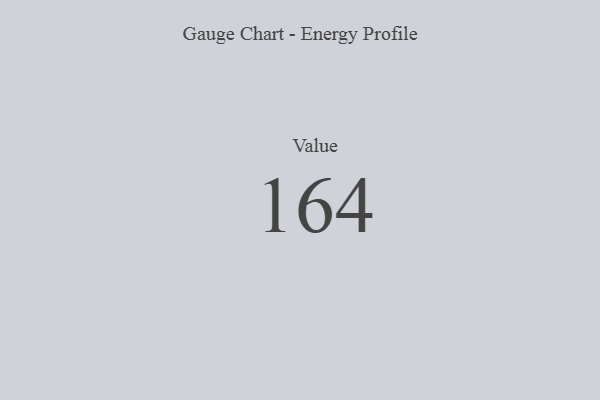
{"axis": {"x": "Metric", "y": "Value"}, "legend": [""], "data": [{"x": "Value", "y": 164, "type": ""}]}